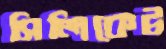
সিলিকেট